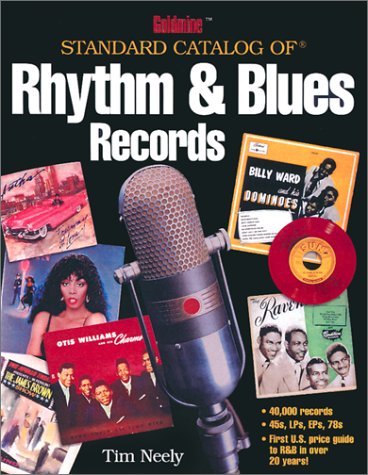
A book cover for Goldmine Standard Catalog of Rhythm & Blues Records (Goldmine Price Guide to Collectible Record Albums); Tim Neely; Crafts, Hobbies & Home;